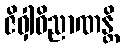
ဇိဝှါဝိညာဏန္တိ